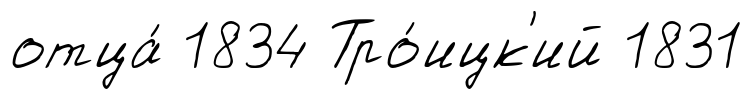
отца́ 1834 Тро́ицк'ий 1831